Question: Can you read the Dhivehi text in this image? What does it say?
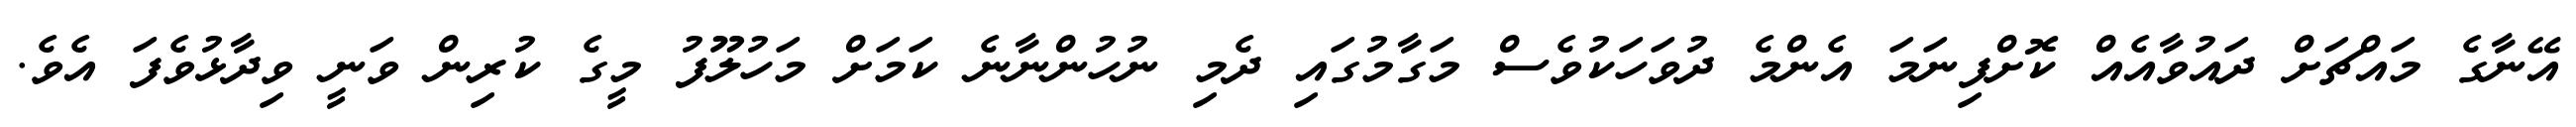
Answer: އޭނާގެ މައްޗަށް ދައުވާއެއް ކޮށްފިނަމަ އެންމެ ދުވަހަކުވެސް މަގާމުގައި ދެމި ނުހުންނާނެ ކަމަށް މަހުލޫފު މީގެ ކުރިން ވަނީ ވިދާޅުވެފަ އެވެ.